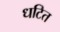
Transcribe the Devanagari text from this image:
धटित